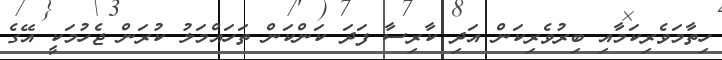
ހިތާމަވެރިކަމާއި ބިރުވެރިކަން އަދި ކާރިސާ ފަދަ ކަންކަން ތަހައްމަލު ކުރަން ޖެހުމަކީ އޭގެ